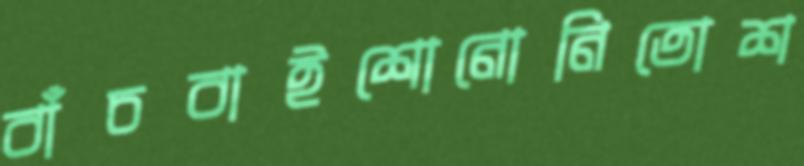
বাঁচবাইশোনোনিতোশ